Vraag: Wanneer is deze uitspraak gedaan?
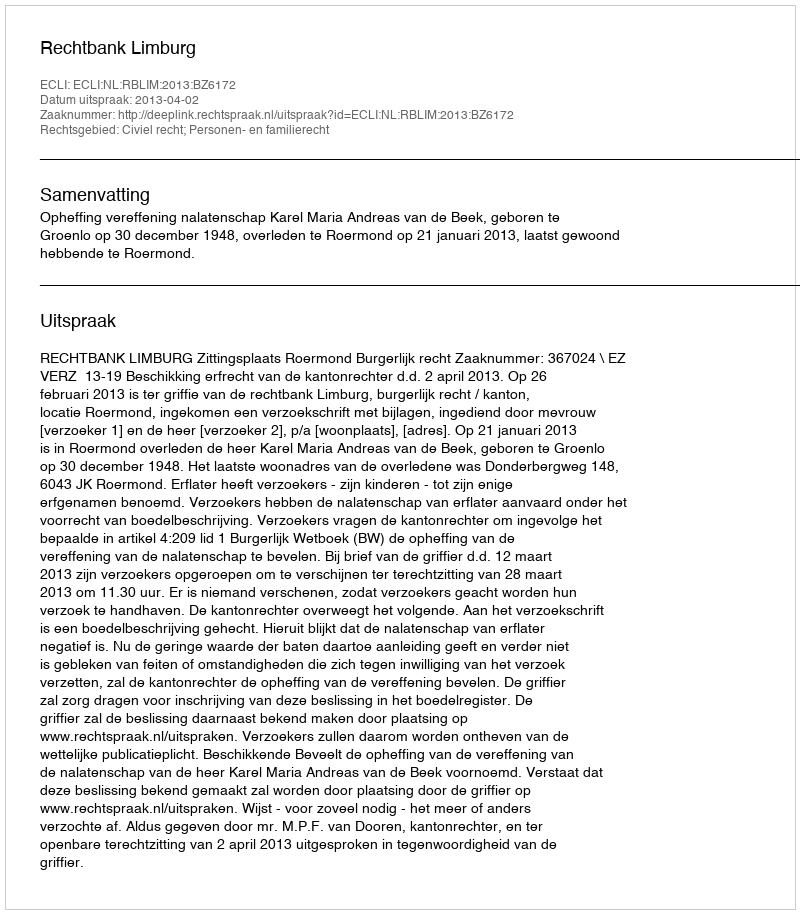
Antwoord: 2013-04-02